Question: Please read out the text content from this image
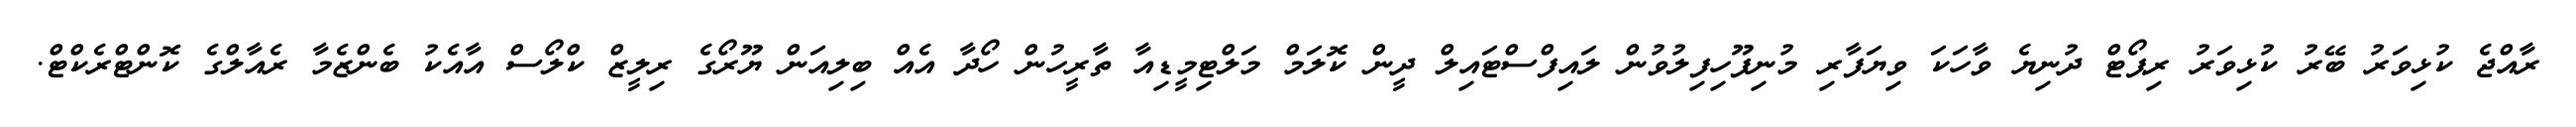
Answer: ރާއްޖެ ކުޅިވަރު ބޭރު ކުޅިވަރު ރިޕޯޓް ދުނިޔެ ވާހަކަ ވިޔަފާރި މުނިފޫހިފިލުވުން ލައިފްސްޓައިލް ދީން ކޮލަމް މަލްޓިމީޑިއާ ތާރީހުން ހޯދާ އެއް ބިލިއަން ޔޫރޯގެ ރިލީޒް ކްލޯސް އާއެކު ބެންޒެމާ ރެއާލްގެ ކޮންޓްރެކްޓް.